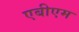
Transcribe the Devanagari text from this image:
एबीएम